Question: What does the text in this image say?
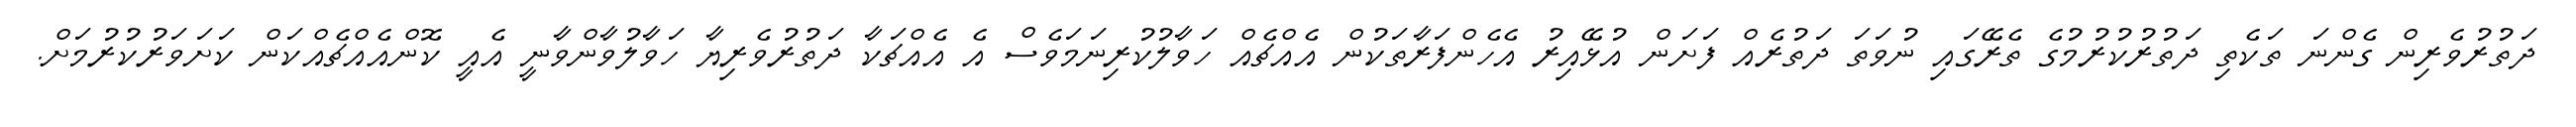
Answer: ދަތުރުވެރިން ގެންނަ ތަކެތި ދަތުރުކުރުމުގެ ތެރޭގައި ނުވަތަ ދަތުރެއް ފަށަން އުޅޭއިރު އެހެންފަރާތަކުން އެއްޗެއް ހަވާލުކުރިނަމަވެސް އެ އެއްޗަކާ ދަތުރުވެރިޔާ ހަވާލުވާންވާނީ އެއީ ކޮންއެއްޗެއްކަން ކަށަވަރުކުރުމަށް.